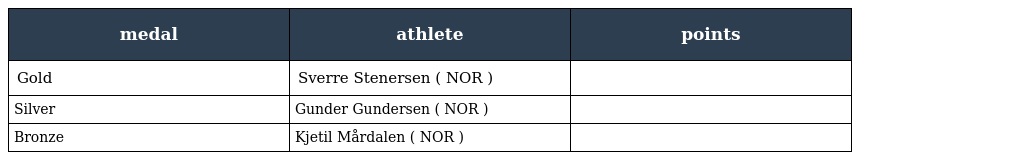
| medal | athlete | points |
 | --- | --- | --- |
 | Gold | Sverre Stenersen ( NOR ) |  |
 | Silver | Gunder Gundersen ( NOR ) |  |
 | Bronze | Kjetil Mårdalen ( NOR ) |  |